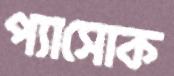
প্যাসোক